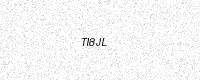
Text: TI8JL